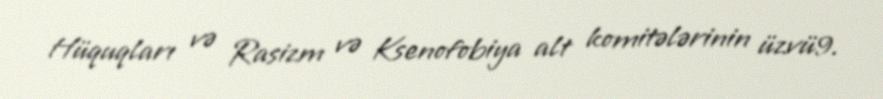
Hüquqları və Rasizm və Ksenofobiya alt komitələrinin üzvü9.